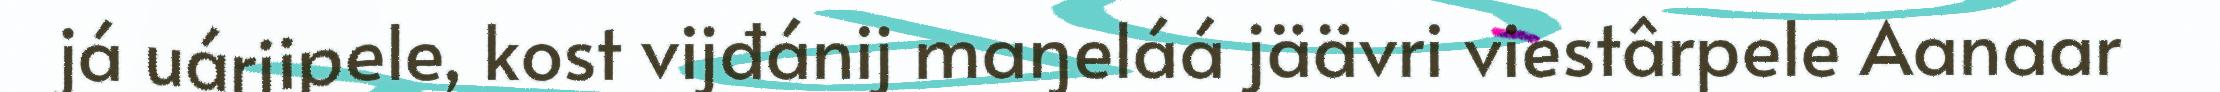
já uárjipele, kost vijđánij maŋeláá jäävri viestârpele Aanaar